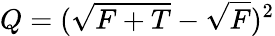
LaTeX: Q=({\sqrt{F+T}}-{\sqrt{F}})^{2}